Indian journal of veterinary science and animal husbandry - Volumes 22-23, 1952-1953
Year: 1952
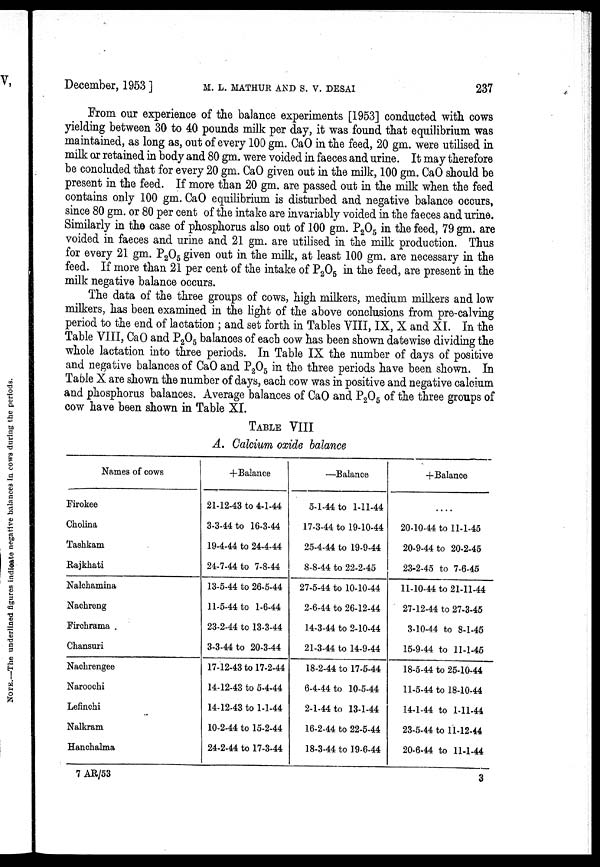
December, 1953 ]
M.
L.
MATHUR
AND
S.
V.
DESAI
237
From our experience of the balance experiments [1953] conducted with cows
yielding between 30 to 40 pounds milk per day, it was found that equilibrium was
maintained, as long as, out of every 100 gm. CaO in the feed, 20 gm. were utilised in
milk or retained in body and 80 gm. were voided in faeces and urine. It may therefore
be concluded that for every 20 gm. CaO given out in the milk, 100 gm. CaO should be
present in the feed. If more than 20 gm. are passed out in the milk when the feed
contains only 100 gm. CaO equilibrium is disturbed and negative balance occurs,
since 80 gm. or 80 per cent of the intake are invariably voided in the faeces and urine.
Similarly in the case of phosphorus also out of 100 gm. P 2 O 5 in the feed, 79 gm. are
voided in faeces and urine and 21 gm. are utilised in the milk production. Thus
for every 21 gm. P 2 O 5 given out in the milk, at least 100 gm. are necessary in the
feed. If more than 21 per cent of the intake of P 2 O 5 in the feed, are present in the
milk negative balance occurs.
The data of the three groups of cows, high milkers, medium milkers and low
milkers, has been examined in the light of the above conclusions from pre-calving
period to the end of lactation ; and set forth in Tables VIII, IX, X and XI. In the
Table VIII, CaO and P 2 O 5 balances of each cow has been shown datewise dividing the
whole lactation into three periods. In Table IX the number of days of positive
and negative balances of CaO and P 2 O 5 in the three periods have been shown. In
Table X are shown the number of days, each cow was in positive and negative calcium
and phosphorus balances. Average balances of CaO and P 2 O 5 of the three groups of
cow have been shown in Table XI.
TABLE VIII
A. Calcium oxide balance
Names of cows
Firokee
Cholina
Tashkam
Rajkhati
Nalchamina
Nachreng
Firchrama
Chansuri
Nachrengee
Naroochi
Lefinchi
Nalkram
Hanchalma
+Balance
21-12-43 to 4-1-44
3-3-44 to 16-3-44
19-4-44 to 24-4-44
24-7-44 to 7-8-44
13-5-44 to 26-5-44
11-5-44 to 1-6-44
23-2-44 to 13-3-44
3-3-44 to 20-3-44
17-12-43 to 17-2-44
14-12-43 to 5-4-44
14-12-43 to 1-1-44
10-2-44 to 15-2-44
24-2-44 to 17-3-44
—Balance
5-1-44 to 1-11-44
17-3-44 to 19-10-44
25-4-44 to 19-9-44
8-8-44 to 22-2-45
27-5-44 to 10-10-44
2-6-44 to 26-12-44
14-3-44 to 2-10-44
21-3-44 to 14-9-44
18-2-44 to 17-5-44
6-4-44 to 10-5-44
2-1-44 to 13-1-44
16-2-44 to 22-5-44
18-3-44 to 19-6-44
+Balance
....
20-10-44 to 11-1-45
20-9-44 to 20-2-45
23-2-45 to 7-6-45
11-10-44 to 21-11-44
27-12-44 to 27-3-45
3-10-44 to 8-1-45
15-9-44 to 11-1-45
18-5-44 to 25-10-44
11-5-44 to 18-10-44
14-1-44 to 1-11-44
23-5-44 to 11-12-44
20-6-44 to 11-1-44
7 AR/53
3